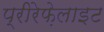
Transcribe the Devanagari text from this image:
प्रीरेफ़ेलाइट